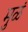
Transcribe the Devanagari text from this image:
मुळं